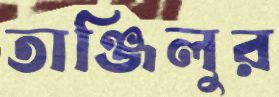
তাঞ্জিলুর